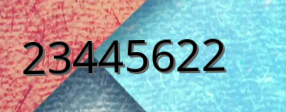
23445622